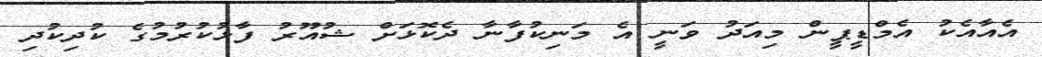
އެއާއެކު އެމްޑީޕީން މިއަދު ވަނީ އެ މަނިކުފާނާ ދެކޮޅަށް ޝުއޫރު ފާޅުކުރުމުގެ ކުދިކުދި